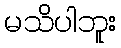
မသိပါဘူး